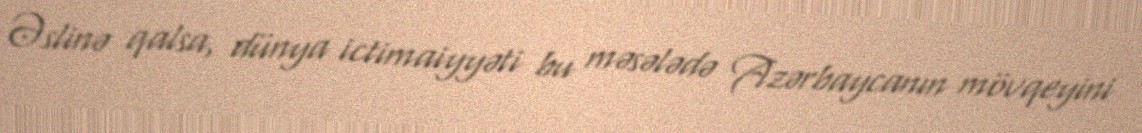
Əslinə qalsa, dünya ictimaiyyəti bu məsələdə Azərbaycanın mövqeyini